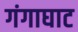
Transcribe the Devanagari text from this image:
गंगाघाट